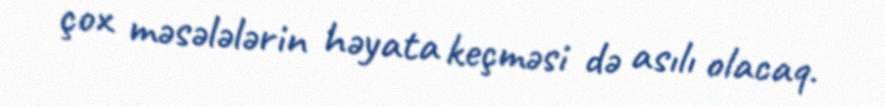
çox məsələlərin həyata keçməsi də asılı olacaq.